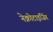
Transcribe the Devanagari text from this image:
नेक्रोटाइजिंग